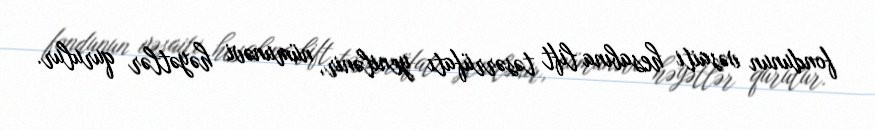
fondunun vəsaiti hesabına lift təsərrüfatı yenilənir, nümunəvi həyətlər qurulur.